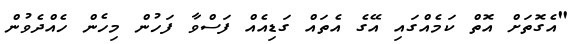
"އެގޮތަށް އޮތް ކަމެއްގައި އޭގެ އެތައް ގަޑިއެއް ފަސްވާ ފަހުން މިހެން ހެއްދެވުުން